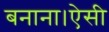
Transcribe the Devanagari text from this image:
बनाना।ऐसी